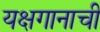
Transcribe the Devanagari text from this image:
यक्षगानाची